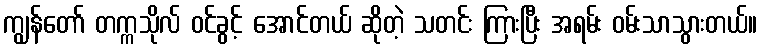
ကျွန်တော် တက္ကသိုလ် ဝင်ခွင့် အောင်တယ် ဆိုတဲ့ သတင်း ကြားပြီး အရမ်း ဝမ်းသာသွားတယ်။